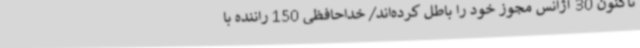
تاکنون 30 آژانس مجوز خود را باطل کرده‌اند/ خداحافظی 150 راننده با